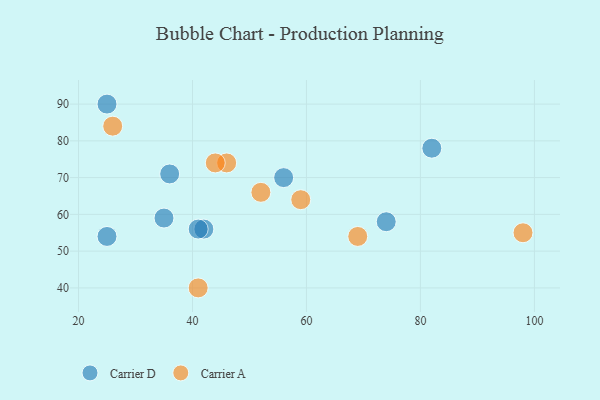
{"axis": {"x": "GDP", "y": "Life Expectancy"}, "legend": ["Carrier A", "Carrier D"], "data": [{"x": "56", "y": 70, "type": "Carrier D"}, {"x": "25", "y": 90, "type": "Carrier D"}, {"x": "42", "y": 56, "type": "Carrier D"}, {"x": "35", "y": 59, "type": "Carrier D"}, {"x": "25", "y": 54, "type": "Carrier D"}, {"x": "82", "y": 78, "type": "Carrier D"}, {"x": "36", "y": 71, "type": "Carrier D"}, {"x": "41", "y": 56, "type": "Carrier D"}, {"x": "74", "y": 58, "type": "Carrier D"}, {"x": "52", "y": 66, "type": "Carrier A"}, {"x": "69", "y": 54, "type": "Carrier A"}, {"x": "41", "y": 40, "type": "Carrier A"}, {"x": "98", "y": 55, "type": "Carrier A"}, {"x": "46", "y": 74, "type": "Carrier A"}, {"x": "59", "y": 64, "type": "Carrier A"}, {"x": "26", "y": 84, "type": "Carrier A"}, {"x": "44", "y": 74, "type": "Carrier A"}]}